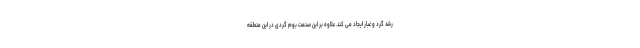
رشد گرد و غبار ایجاد می کند. علاوه بر این صنعت بوم گردی در این منطقه